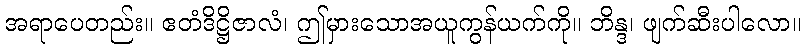
အရာပေတည်း။ ဧတံဒိဋ္ဌိဇာလံ၊ ဤမှားသောအယူကွန်ယက်ကို။ ဘိန္ဒ၊ ဖျက်ဆီးပါလော။